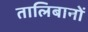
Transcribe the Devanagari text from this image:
तालिबानों